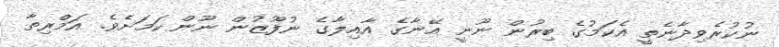
ނުކުރެވިދާނެތީ އެކަމުގެ ބިރުން ނޫނީ އޭނާގެ އާއިލާގެ ނުފޫޒުން ނޫން ކަމަށެވެ. އަމްރިތާ